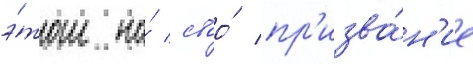
э́том на́ своо́ пр'изва́н'ие